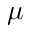
\boldsymbol { \mu }